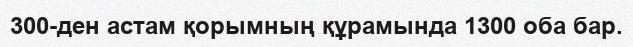
300-ден астам қорымның құрамында 1300 оба бар.